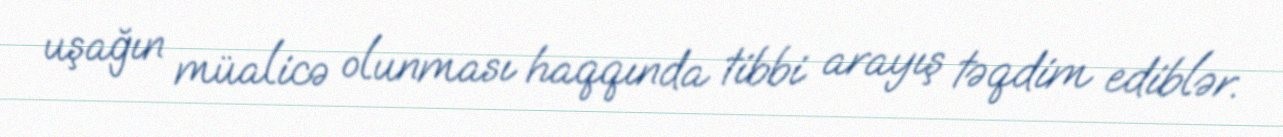
uşağın müalicə olunması haqqında tibbi arayış təqdim ediblər.